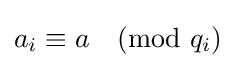
a_{i}\equiv a{\pmod {q_{i}}}